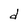
Character: d